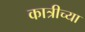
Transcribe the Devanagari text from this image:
कात्रीच्या